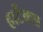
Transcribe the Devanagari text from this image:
हार्टेक्स